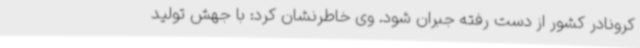
کرونادر کشور از دست رفته جبران شود. وی خاطرنشان کرد: با جهش تولید